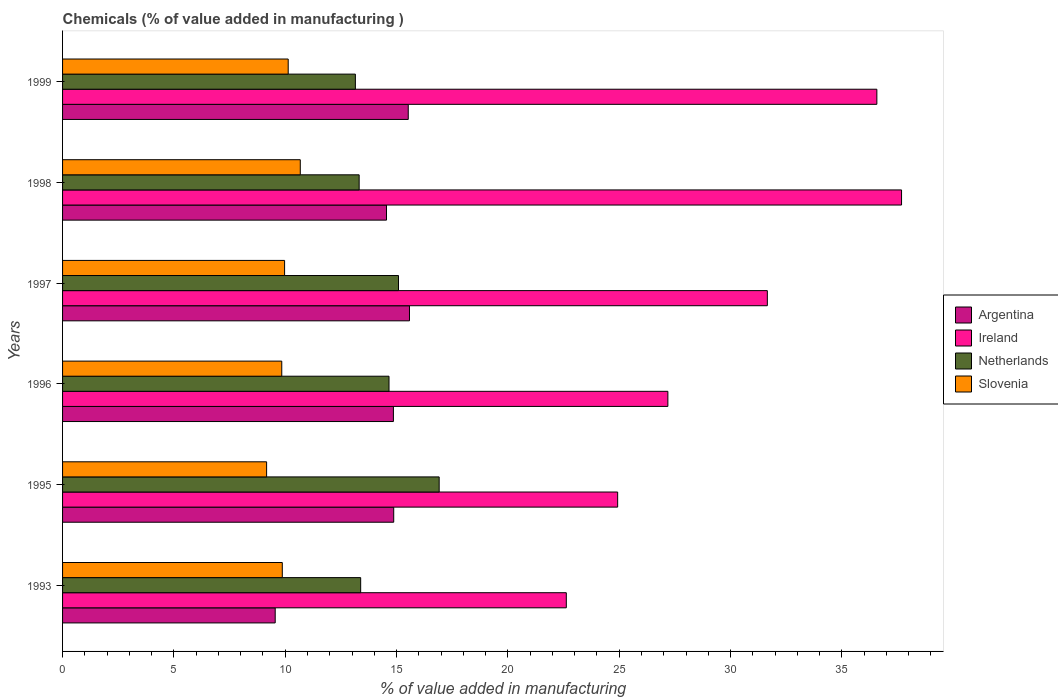
| Years | Argentina | Ireland | Netherlands | Slovenia |
 | --- | --- | --- | --- | --- |
 | 1993 | 9.55 | 22.6 | 13.4 | 9.87 |
 | 1995 | 14.9 | 24.9 | 16.9 | 9.16 |
 | 1996 | 14.9 | 27.2 | 14.7 | 9.84 |
 | 1997 | 15.6 | 31.7 | 15.1 | 9.97 |
 | 1998 | 14.5 | 37.7 | 13.3 | 10.7 |
 | 1999 | 15.5 | 36.6 | 13.2 | 10.1 |